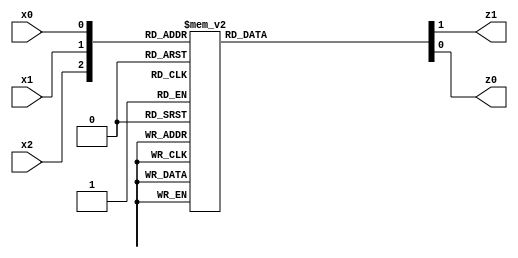
/**
 *          Qualora lo si ritenga vantaggioso ai fini della leggibilita', si
 *          puo' evitare di inserire la descrizione delle singole leggi Fm
 *          nello statement assign, ma trattarle globalmente come un'unica
 *          legge F riferibile in tale statement, previo incapsulamente in un
 *          opportuno costrutto function...endfunction.
 *
 *          Created on 22/04/2019.
 */

module Rete_Combinatoria_2(x2, x1, x0, z1, z0);
    input x2, x1, x0;
    output z1, z0;

    assign {z1, z0} = F(x2, x1, x0);

	/**
	 * Con riferimento alla tabella di verita' introdotto per
	 * Rete_Combinatoria.v, la descrizione della legge F che piu' si avvicina ad
	 * essa e' data dalla seguente implementazione.
	 */
	function [1:0] F;
	    input x2, x1, x0;
	
	    // 1
	    casex({x2, x1, x0})
	        'B000 : F='B00;
	        'B001 : F='B01;
	        'B011 : F='B10;
	        'B010 : F='B10;
	        'B100 : F='B11;
	        'B101 : F='B11;
	        'B111 : F='B00;
	        'B110 : F='B00;
	    endcase
	endfunction

	/**
	 * Anche ora e' possibile effettua un compattazione della descrizione,
	 * introducend questa volta esplicitamente, la parola chiave default
	 * e riscrivendo il costrutto function...endfunction nella forma seguente:
	 */
	function [1:0] F2;
	    input x2, x1, x0;
	
	    casex({x2, x1, x0})
	        'B001   : F2='B01;
	        'B011   : F2='B10;
	        'B010   : F2='B10;
	        'B100   : F2='B11;
	        'B101   : F2='B11;
	        default : F2='B00;
	    endcase
	endfunction

	/**
	 * Volendo compattare ulteriormente, si puo' ricorrere al concetto "quale
	 * che sia il valore di una variabile di ingresso" inserendo esplicitamente
	 * il simbolo ? al posto del valore della variabile di ingresso e
	 * riscrivendo il precedente costrutto function...endfunction nella forma
	 * che segue (il simbolo ? sta al posto della variabile x0):
	 */
	function [1:0] F3;
	    input x2, x1, x0;
	
	    casex({x2, x1, x0})
	        'B001   : F3='B01;
	        'B01?   : F3='B10;
	        'B10?   : F3='B11;
	        default : F3='B00;
	    endcase
	endfunction
endmodule

// 1
/*
 * The Verilog case statement is a convenient structure to code various logic
 * like decoders, encoders, onehot state machines. Verilog defines three
 * versions of the case statement: case, casez, casex. Not only is it easy to
 * confuse them, but there are subtleties between them that can trip up even
 * experienced coders.
 *
 * The plain case statement is simple but rigideverything must be explicitly
 * coded. In some situations, you may want to specify a case item that can
 * match multiple case expressions. This is where wildcard case expressions
 * casez and casex come in. casez allows Z and ? to be treated as dont
 * care values in either the case expression and/or the case item when doing
 * case comparison. For example, a case item 2b1? (or 2b1Z) in a casez
 * statement can match case expression of 2b10, 2b11, 2b1X, 2b1Z. It is
 * generally recommended to use ? characters instead of Z characters in the
 * case item to indicate dont care bits.
 * 
 * While wildcard case comparison can be useful, it also has its dangers.
 * Imagine a potentially dangerous casez statement where the case expression is
 * a vector and one bit resolves to a Z, perhaps due to a mistakenly
 * unconnected input. That expression will match a case item with any value for
 * the Z bit! To put in more concrete terms, if the LSB of irq in the above
 * code snippet is unconnected such that the case expression evaluates to
 * 3b00Z, the third case item will still match and int0 will be set to 1,
 * potentially masking a bug!
 *
 * Now that we understand the usage and dangers of casez, it is straight-forward
 * to extend the discussion to casex. casex allows Z, ?, and X to be
 * treated as dont care values in either the case expression and/or the case
 * item when doing case comparison. That means, everything we discussed for
 * casez also applies for casex, plus X is now also a wildcard.
 */